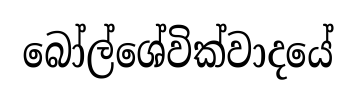
බෝල්ශේවික්වාදයේ